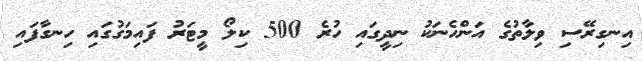
އިނގިރޭސި ވިލާތުގެ އަންހެނަކު ނިދީގައި ހުރެ 500 ކިލޯ މީޓަރު ފައިމަގުގައި ހިނގާފައި